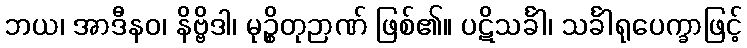
ဘယ၊ အာဒီနဝ၊ နိဗ္ဗိဒါ၊ မုဉ္စိတုဉာဏ် ဖြစ်၏။ ပဋိသင်္ခါ၊ သင်္ခါရုပေက္ခာဖြင့်